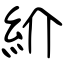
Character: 紒